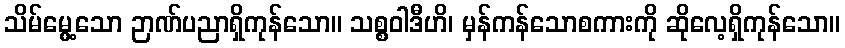
သိမ်မွေ့သော ဉာဏ်ပညာရှိကုန်သော။ သစ္စဝါဒီဟိ၊ မှန်ကန်သောစကားကို ဆိုလေ့ရှိကုန်သော။